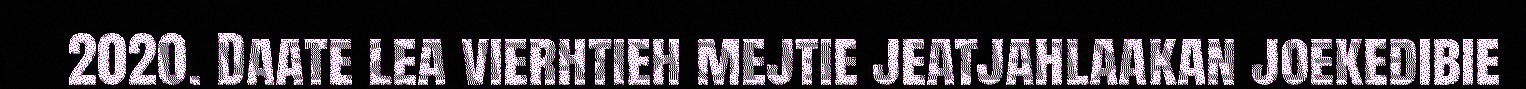
2020. Daate lea vierhtieh mejtie jeatjahlaakan joekedibie